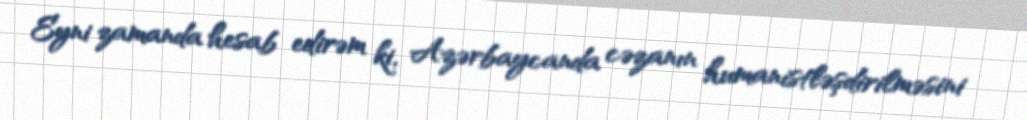
Eyni zamanda hesab edirəm ki, Azərbaycanda cəzanın humanistləşdirilməsini